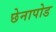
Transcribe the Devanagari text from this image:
छेनापोड